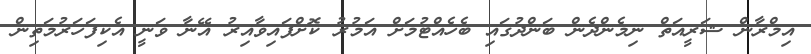
އިމްރާން ޝަރީއަތް ނިމެންދެން ބަންދުގައި ބެހެއްޓުމަށް އަމުރު ކޮށްފައިވާއިރު އޭނާ ވަނީ އެކިފަހަރުމަތިން